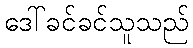
ဒေါ်ခင်ခင်သူသည်